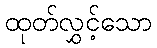
ထုတ်လွှင့်သော